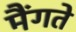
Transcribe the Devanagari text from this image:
मैंगते